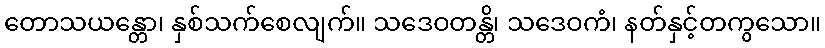
တောသယန္တော၊ နှစ်သက်စေလျက်။ သဒေဝတန္တိ၊ သဒေဝကံ၊ နတ်နှင့်တကွသော။